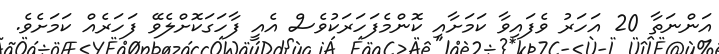
އަންނަތާ 20 އަހަރު ވެފައިވާ ކަމަށާއި ކޮންމެފަހަރަކުވެސް އެއީ ފާހަގަކޮށްލެވޭ ފަހަރެއް ކަމަށެވެ.